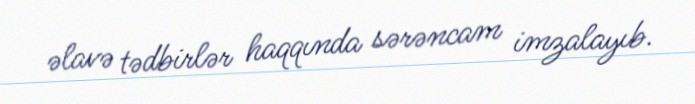
əlavə tədbirlər haqqında sərəncam imzalayıb.